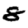
Digit: 8